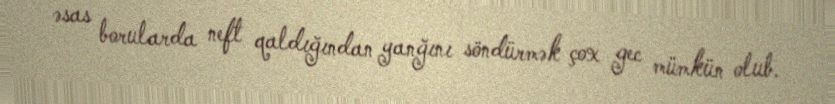
əsas borularda neft qaldığından yanğını söndürmək çox gec mümkün olub.